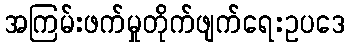
အကြမ်းဖက်မှုတိုက်ဖျက်ရေးဥပဒေ